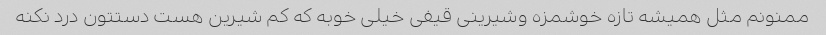
ممنونم مثل همیشه تازه خوشمزه وشیرینی قیفی خیلی خوبه که کم شیرین هست دستتون درد نکنه